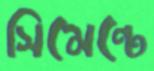
সিমেন্টে